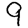
Digit: 9